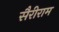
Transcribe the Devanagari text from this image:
सैरीराम